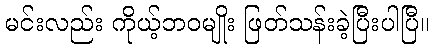
မင်းလည်း ကိုယ့်ဘဝမျိုး ဖြတ်သန်းခဲ့ပြီးပါပြီ။